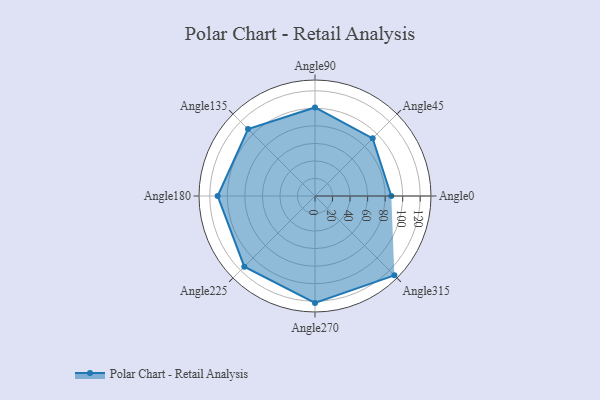
{"axis": {"x": "Angle", "y": "Radius"}, "legend": [""], "data": [{"x": "Angle0", "y": 87.0, "type": ""}, {"x": "Angle45", "y": 93.0, "type": ""}, {"x": "Angle90", "y": 101.0, "type": ""}, {"x": "Angle135", "y": 108.0, "type": ""}, {"x": "Angle180", "y": 111.0, "type": ""}, {"x": "Angle225", "y": 114.0, "type": ""}, {"x": "Angle270", "y": 122.0, "type": ""}, {"x": "Angle315", "y": 128.0, "type": ""}]}